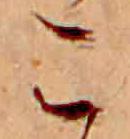
こ